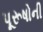
પૂરૂષોની